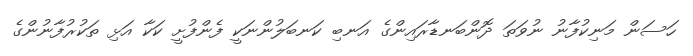
ހަސަން މަނިކުފާނު ނުވަތަ ދޮންބަނޑާރައިންގެ އަނބި ކަނބަލުންނަކީ ފެންފުށީ ކަކާ އަޅި ތަކުރުފާނުންގެ